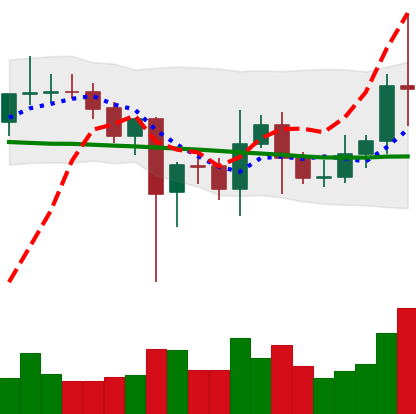
Ticker: LINK-USD
Chart end date: 2021-01-04
Forward return: 29.743%
Label: up_7plus